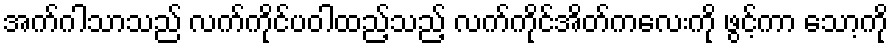
အက်ဂါသာသည် လက်ကိုင်ပဝါထည့်သည့် လက်ကိုင်အိတ်ကလေးကို ဖွင့်ကာ သော့ကို